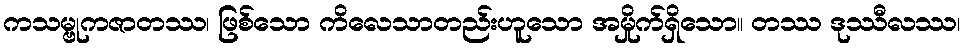
ကသမ္ဗုကဇာတဿ၊ ဖြစ်သော ကိလေသာတည်းဟူသော အမှိုက်ရှိသော။ တဿ ဒုဿီလဿ၊